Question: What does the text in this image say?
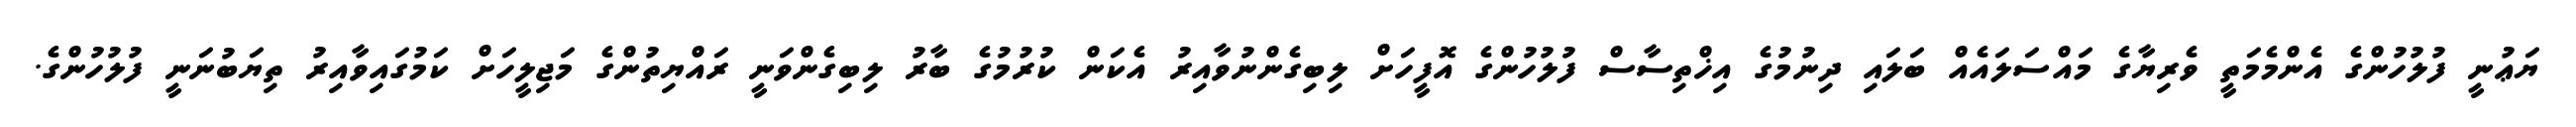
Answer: ޔަޢުނީ ފުލުހުންގެ އެންމެމަތީ ވެރިޔާގެ މައްސަލައެއް ބަލައި ދިނުމުގެ އިޚްތިސާސް ފުލުހުންގެ އޮފީހަށް ލިބިގެންނުވާއިރު އެކަން ކުރުމުގެ ބާރު ލިބިގެންވަނީ ރައްޔިތުންގެ މަޖިލީހަށް ކަމުގައިވާއިރު ތިޔަބުނަނީ ފުލުހުންގެ.